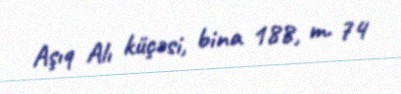
Aşıq Alı küçəsi, bina 188, m. 74